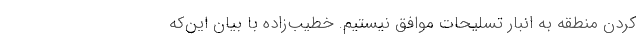
کردن منطقه به انبار تسلیحات موافق نیستیم. خطیب‌زاده با بیان این‌که